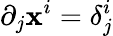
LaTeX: \partial_{j}\mathbf{x}^{i}=\delta_{j}^{i}